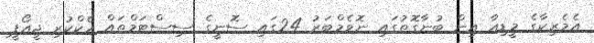
އެމެރިކާގެ މީޑިއާ އިން ބުނާގޮތުގައި ނޮވެމްބަރު 24ގައި ސޮނީގެ ސިސްޓަމްތައް ހެކްކުރި ޖީއޯޕީ